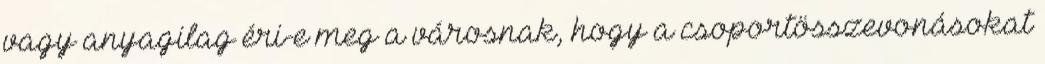
vagy anyagilag éri-e meg a városnak, hogy a csoportösszevonásokat